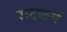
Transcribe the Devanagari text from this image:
सद्कर्म